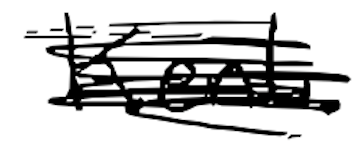
Text: Kent.
Cross-out: scratch
Writing tool: digital_black